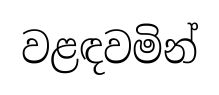
වළඳවමින්